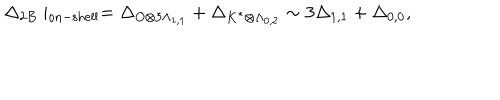
LaTeX: \Delta _ { 2 B } \mid _ { \mathrm { o n - s h e l l } } = \Delta _ { O \otimes 3 \Lambda _ { 1 , 1 } } + \Delta _ { K ^ { \ast } \otimes \Lambda _ { 0 , 2 } } \sim 3 \Delta _ { 1 , 1 } + \Delta _ { 0 , 0 } ,